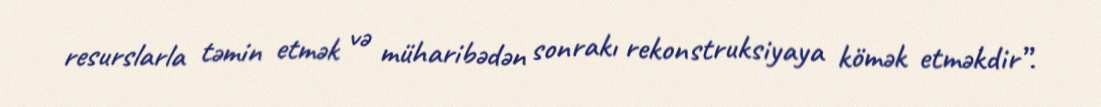
resurslarla təmin etmək və müharibədən sonrakı rekonstruksiyaya kömək etməkdir”.